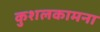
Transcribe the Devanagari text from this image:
कुशलकामना